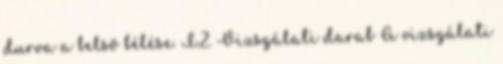
durva a belsõ bélése. I.2. Vizsgálati darab A vizsgálati